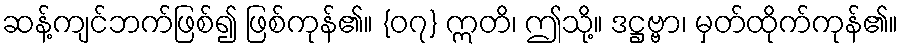
ဆန့်ကျင်ဘက်ဖြစ်၍ ဖြစ်ကုန်၏။ {၀၇} ဣတိ၊ ဤသို့။ ဒဋ္ဌဗ္ဗာ၊ မှတ်ထိုက်ကုန်၏။